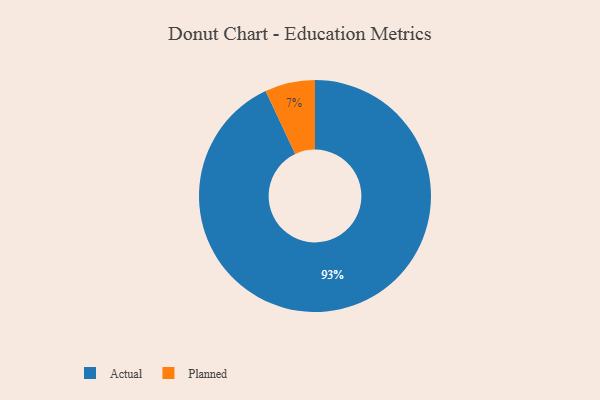
{"axis": {"x": "Category", "y": "Percentage"}, "legend": ["Actual", "Planned"], "data": [{"x": "Planned", "y": 7, "type": "Planned"}, {"x": "Actual", "y": 93, "type": "Actual"}]}